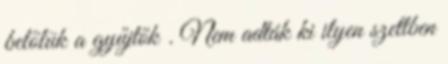
belőlük a gyűjtők . Nem adták ki ilyen szettben